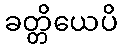
ခတ္တိယေပိ